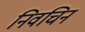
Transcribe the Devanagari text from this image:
निवचिन